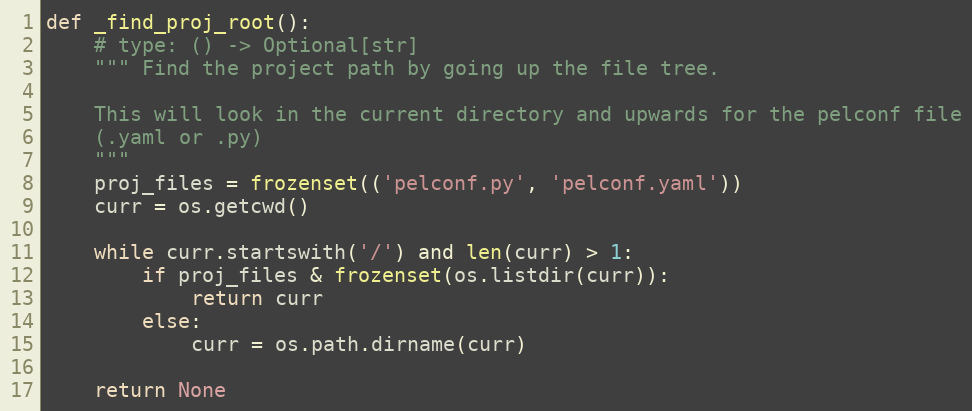
Language: Python
def _find_proj_root():
    # type: () -> Optional[str]
    """ Find the project path by going up the file tree.

    This will look in the current directory and upwards for the pelconf file
    (.yaml or .py)
    """
    proj_files = frozenset(('pelconf.py', 'pelconf.yaml'))
    curr = os.getcwd()

    while curr.startswith('/') and len(curr) > 1:
        if proj_files & frozenset(os.listdir(curr)):
            return curr
        else:
            curr = os.path.dirname(curr)

    return None